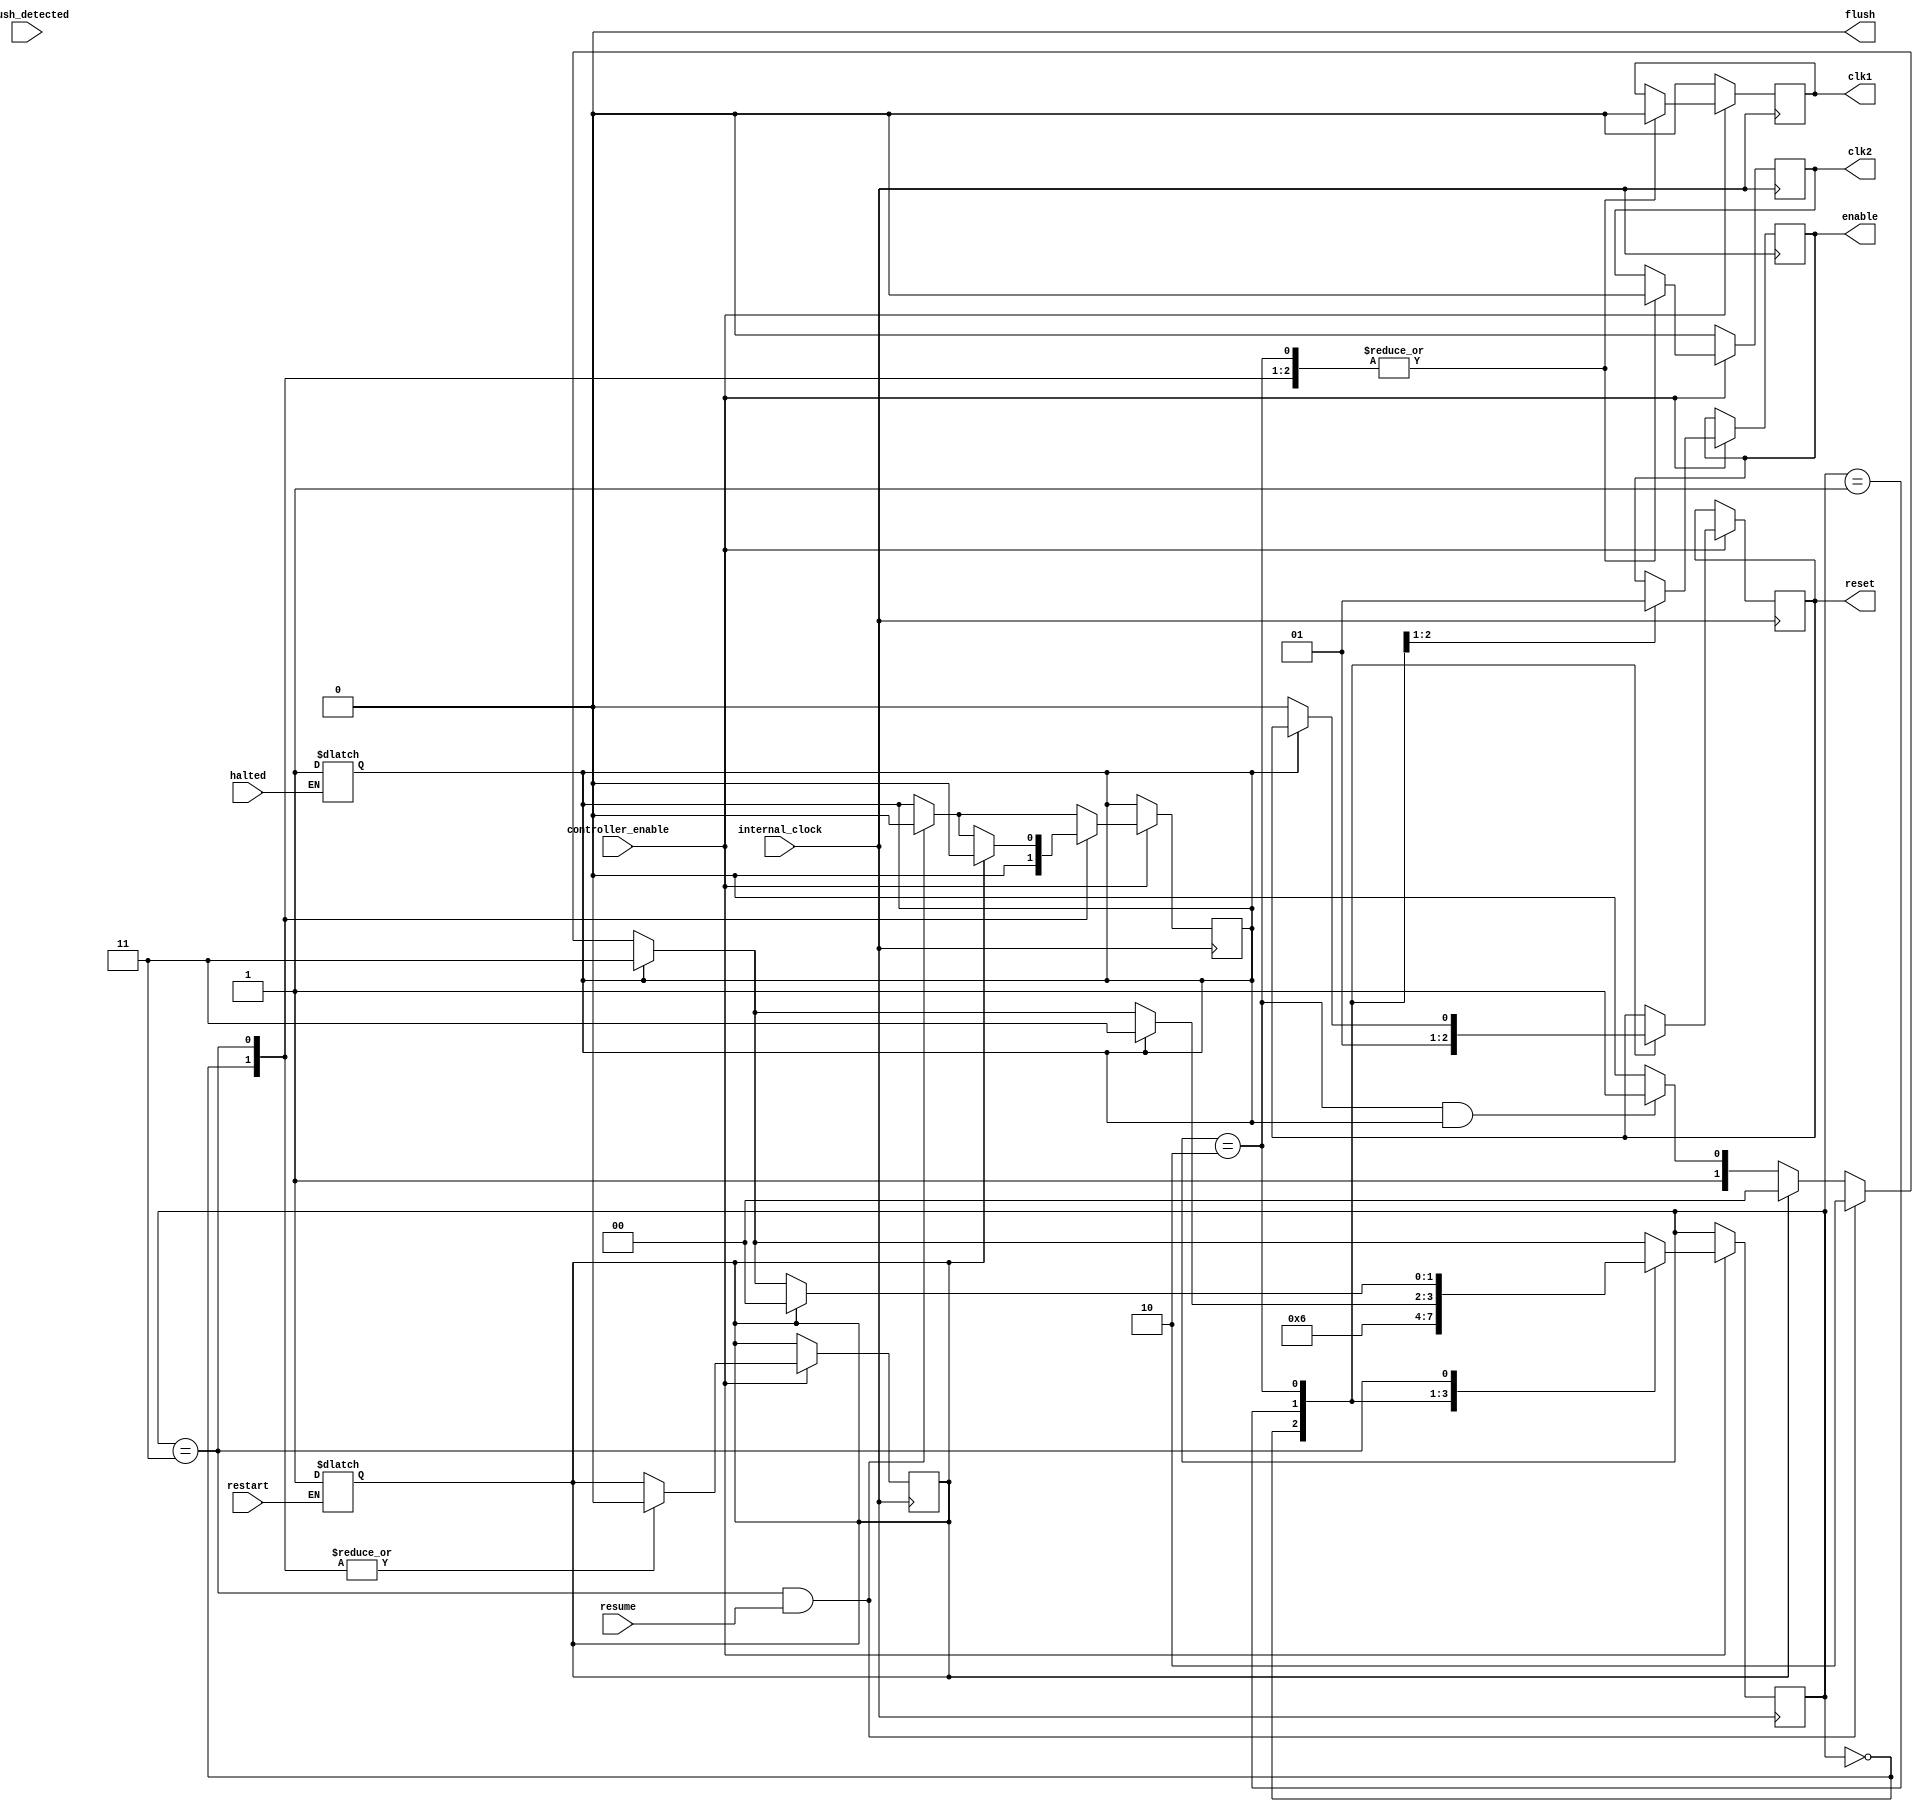
`timescale 1ns/1ps
module controller (
    input flush_detected,
    input internal_clock,
    input halted,
    input resume,
    input restart,
    input controller_enable,
    output reg clk1,
    output reg clk2,
    output reg reset,
    output reg enable,
    output reg flush  // Added flush as an output
);

parameter [1:0] S0 = 2'b00;
parameter [1:0] S1 = 2'b01;
parameter [1:0] S2 = 2'b10;
parameter [1:0] S3 = 2'b11;

reg [1:0] state = 2'b00;
reg internal_halted, internal_restart;

always @(restart or halted) begin
    if (restart == 1)
        internal_restart <= 1;
    if (halted == 1)
        internal_halted <= 1;
    else
        internal_halted <= internal_halted;
end

always @(posedge internal_clock) begin
    if (controller_enable) begin
        if (state == S2 && internal_halted == 1'b1) begin
            state <= S3;
        end 
        else
            state <= S2;

        if (internal_restart == 1'b1) begin
            state <= S0;
        end
        if (state == S3 && resume == 1'b1) begin
            state <= S2;
            internal_halted <= 0;
        end
        if (internal_halted == 1'b1) begin
            state <= S3;
        end

        case (state)
            S0: begin
                internal_restart <= 1'b0;
                internal_halted <= 1'b0;
                enable <= 1'b0;
                reset <= 1'b0;
                clk1 <= 0;
                clk2 <= 0;
                state <= S1;
                flush <= 1'b0;
            end
            S1: begin 
                enable <= 1;
                reset <= 1;
                state <= S2;
            end
            S2: begin
                if (internal_halted)
                    begin
                    state <= S3;
                    clk1 <= 0;
                    clk2 <= 0;
                    end
                else 
                begin
                    reset <= 0;

                    if (internal_halted)
                    begin
                    state <= S3;
                    clk1 <= 0;
                    clk2 <= 0;
                    end
                    else
                    begin
                    clk1 <= 1'b1;
                    clk2 <= 1'b0;
                    end

                    #10;

                    if (internal_halted)
                    begin
                    state <= S3;
                    clk1 <= 0;
                    clk2 <= 0;
                    end
                    else
                    clk1 <= 1'b0;

                    #10;

                    if (internal_halted)
                    begin
                    state <= S3;
                    clk1 <= 0;
                    clk2 <= 0;
                    end
                    else
                    clk2 <= 1'b1;

                    #10;

                    if (internal_halted)
                    begin
                    state <= S3;
                    clk1 <= 0;
                    clk2 <= 0;
                    end
                    else
                    clk2 <= 1'b0;

                    #10;

                end
            end
            S3: begin
                clk1 <= 1'b0;
                clk2 <= 1'b0;
                if (internal_restart) begin
                    state <= S0;
                    internal_halted <= 0;
                    internal_restart <= 0;
                end
            end
            default: begin
                state <= S0;
                internal_halted <= 1'b0;
                internal_restart <= 1'b0;
            end
        endcase
    end 
    else begin
        clk1 <= 0;
        clk2 <= 0;
    end
end
always @(flush_detected) begin
    if(flush_detected)
    begin
        flush = 1'b1;
        #5;
        flush = 1'b0;
    end
    else
    flush = 0; 
end

endmodule